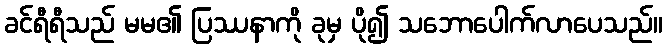
ခင်ရီရီသည် မမ၏ ပြဿနာကို ခုမှ ပို၍ သဘောပေါက်လာပေသည်။